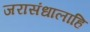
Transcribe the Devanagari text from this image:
जरासंधालाहि